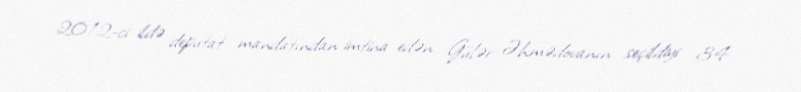
2012-ci ildə deputat mandatından imtina edən Gülər Əhmədovanın seçildiyi 34